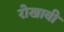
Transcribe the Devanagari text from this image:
रोखावी